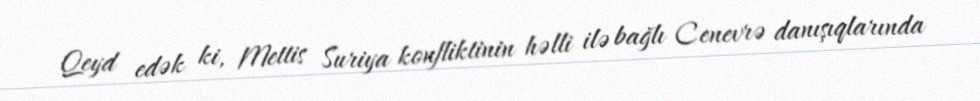
Qeyd edək ki, Mettis Suriya konfliktinin həlli ilə bağlı Cenevrə danışıqlarında